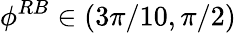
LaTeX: \phi^{RB}\in(3\pi/10,\pi/2)